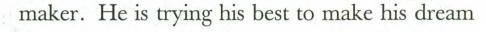
maker. He is trying his best to make his dream